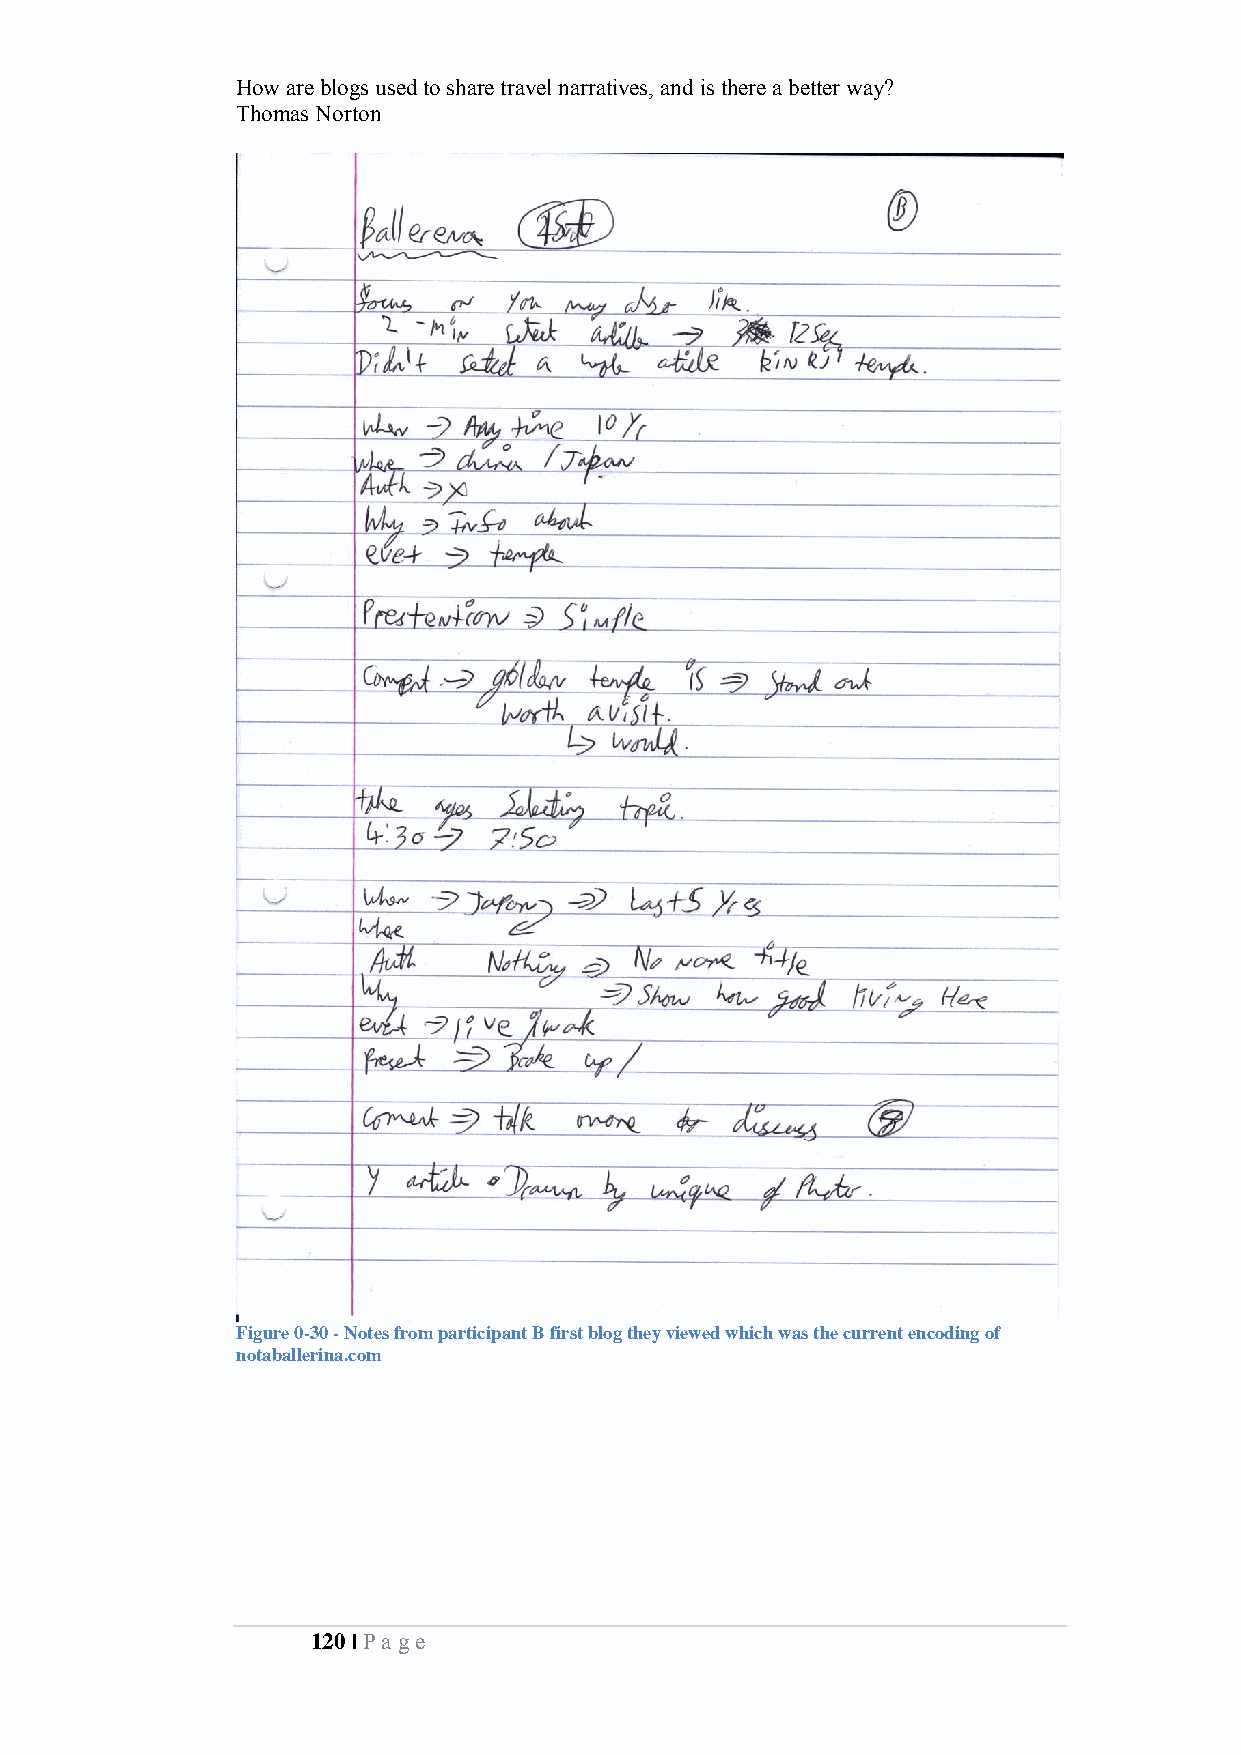
How are blogs used to share travel narratives, and is there a better way?
 Thomas Norton
 Figure 0-30 - Notes from participant B first blog they viewed which was the current encoding of
 notaballerina.com
 120 | Pa ge